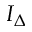
I _ { \Delta }